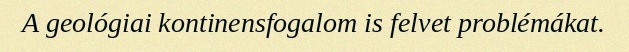
A geológiai kontinensfogalom is felvet problémákat.